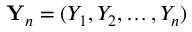
{ \bf Y } _ { n } = ( Y _ { 1 } , Y _ { 2 } , \ldots , Y _ { n } )